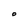
Character: O